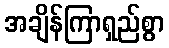
အချိန်ကြာရှည်စွာ